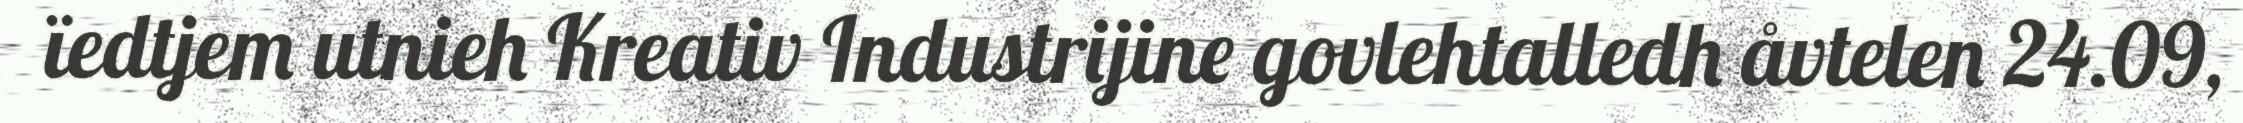
ïedtjem utnieh Kreativ Industrijine govlehtalledh åvtelen 24.09,